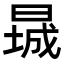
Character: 𬁃